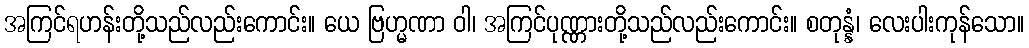
အကြင်ရဟန်းတို့သည်လည်းကောင်း။ ယေ ဗြဟ္မဏာ ဝါ၊ အကြင်ပုဏ္ဏားတို့သည်လည်းကောင်း။ စတုန္နံ၊ လေးပါးကုန်သော။